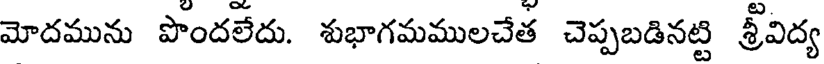
మోదమును పొందలేదు. శుభాగమములచేత చెప్పబడినట్టి శ్రీవిద్య